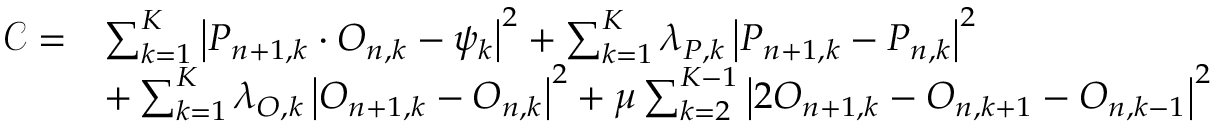
\begin{array} { r l } { \mathcal { C } = } & { \sum _ { k = 1 } ^ { K } \left| P _ { n + 1 , k } \cdot O _ { n , k } - \psi _ { k } \right| ^ { 2 } + \sum _ { k = 1 } ^ { K } \lambda _ { P , k } \left| P _ { n + 1 , k } - P _ { n , k } \right| ^ { 2 } } \\ & { + \sum _ { k = 1 } ^ { K } \lambda _ { O , k } \left| O _ { n + 1 , k } - O _ { n , k } \right| ^ { 2 } + \mu \sum _ { k = 2 } ^ { K - 1 } \left| 2 O _ { n + 1 , k } - O _ { n , k + 1 } - O _ { n , k - 1 } \right| ^ { 2 } } \end{array}